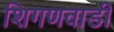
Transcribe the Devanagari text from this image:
शिगणवाडी